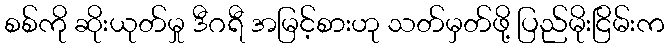
စစ်ကို ဆိုးယုတ်မှု ဒီဂရီ အမြင့်စားဟု သတ်မှတ်ဖို့ ပြည်မိုးငြိမ်းက